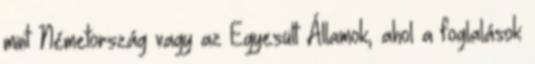
mint Németország vagy az Egyesült Államok, ahol a foglalások